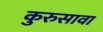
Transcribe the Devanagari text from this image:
कुरुसावा